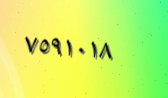
٧٥٩١٠١٨